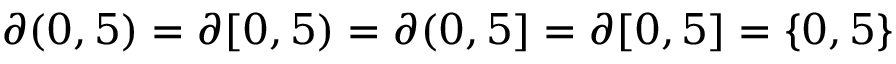
\partial ( 0 , 5 ) = \partial [ 0 , 5 ) = \partial ( 0 , 5 ] = \partial [ 0 , 5 ] = \{ 0 , 5 \}